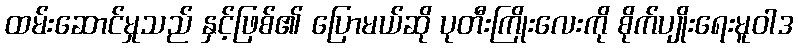
ထမ်းဆောင်မှုသည် နှင့်ဖြစ်၏ ပြောမယ်ဆို ပုတီးကြိုးလေးကို စိုက်ပျိုးရေးမူဝါဒ